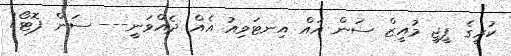
ކުރީގެ ޕީޖީ މުއީޒް ސަން އައް އިނޓަވިއު އެއް ދެއްވަނީ--- ސަން ފޮޓޯ/